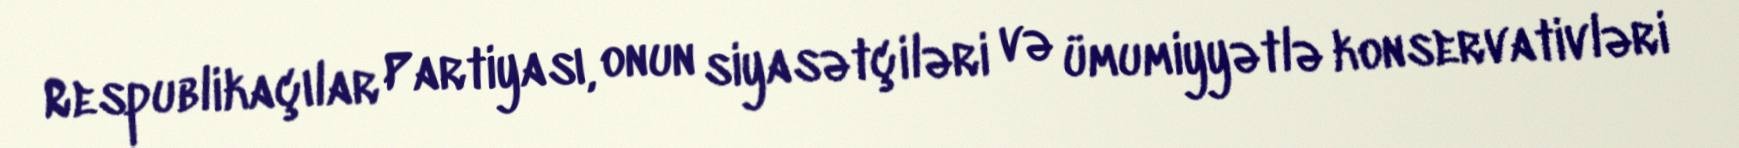
Respublikaçılar Partiyası, onun siyasətçiləri və ümumiyyətlə konservativləri